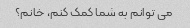
می توانم به شما کمک کنم، خانم؟